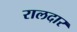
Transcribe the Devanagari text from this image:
रालदार